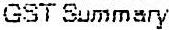
GST SUMMARY